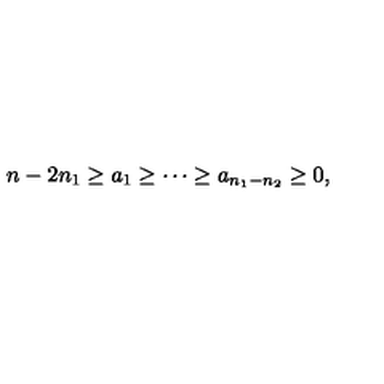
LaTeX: n - 2 n _ { 1 } \geq a _ { 1 } \geq \cdots \geq a _ { n _ { 1 } - n _ { 2 } } \geq 0 ,